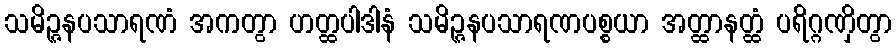
သမိဉ္ဇနပသာရဏံ အကတွာ ဟတ္ထပါဒါနံ သမိဉ္ဇနပသာရဏပစ္စယာ အတ္ထာနတ္ထံ ပရိဂ္ဂဏှိတွာ